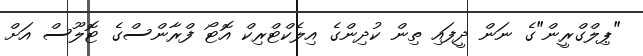
"ޕިލްގްރީން"ގެ ނަން ދީފައި ތިން ކުދިންގެ އިލެކްޓްރިކް އޮޓޯ ފްރާންސްގެ ޓޮލޫސް އަށް